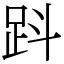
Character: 𧿫